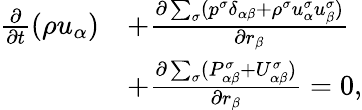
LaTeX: \begin{array}{r}{\begin{array}{rl}{\frac{\partial}{\partial t}(\rho u_{\alpha})}&{+\frac{\partial\sum_{\sigma}(p^{\sigma}\delta_{\alpha\beta}+\rho^{\sigma}u_{\alpha}^{\sigma}u_{\beta}^{\sigma})}{\partial r_{\beta}}}\\ &{+\frac{\partial\sum_{\sigma}(P_{\alpha\beta}^{\sigma}+U_{\alpha\beta}^{\sigma})}{\partial r_{\beta}}=0,}\end{array}}\end{array}